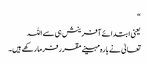
“
یعنی ابتدائے آفرینش ہی سے اللہ
تعالیٰ نے بارہ مہینے مقرر فرما رکھے ہیں۔